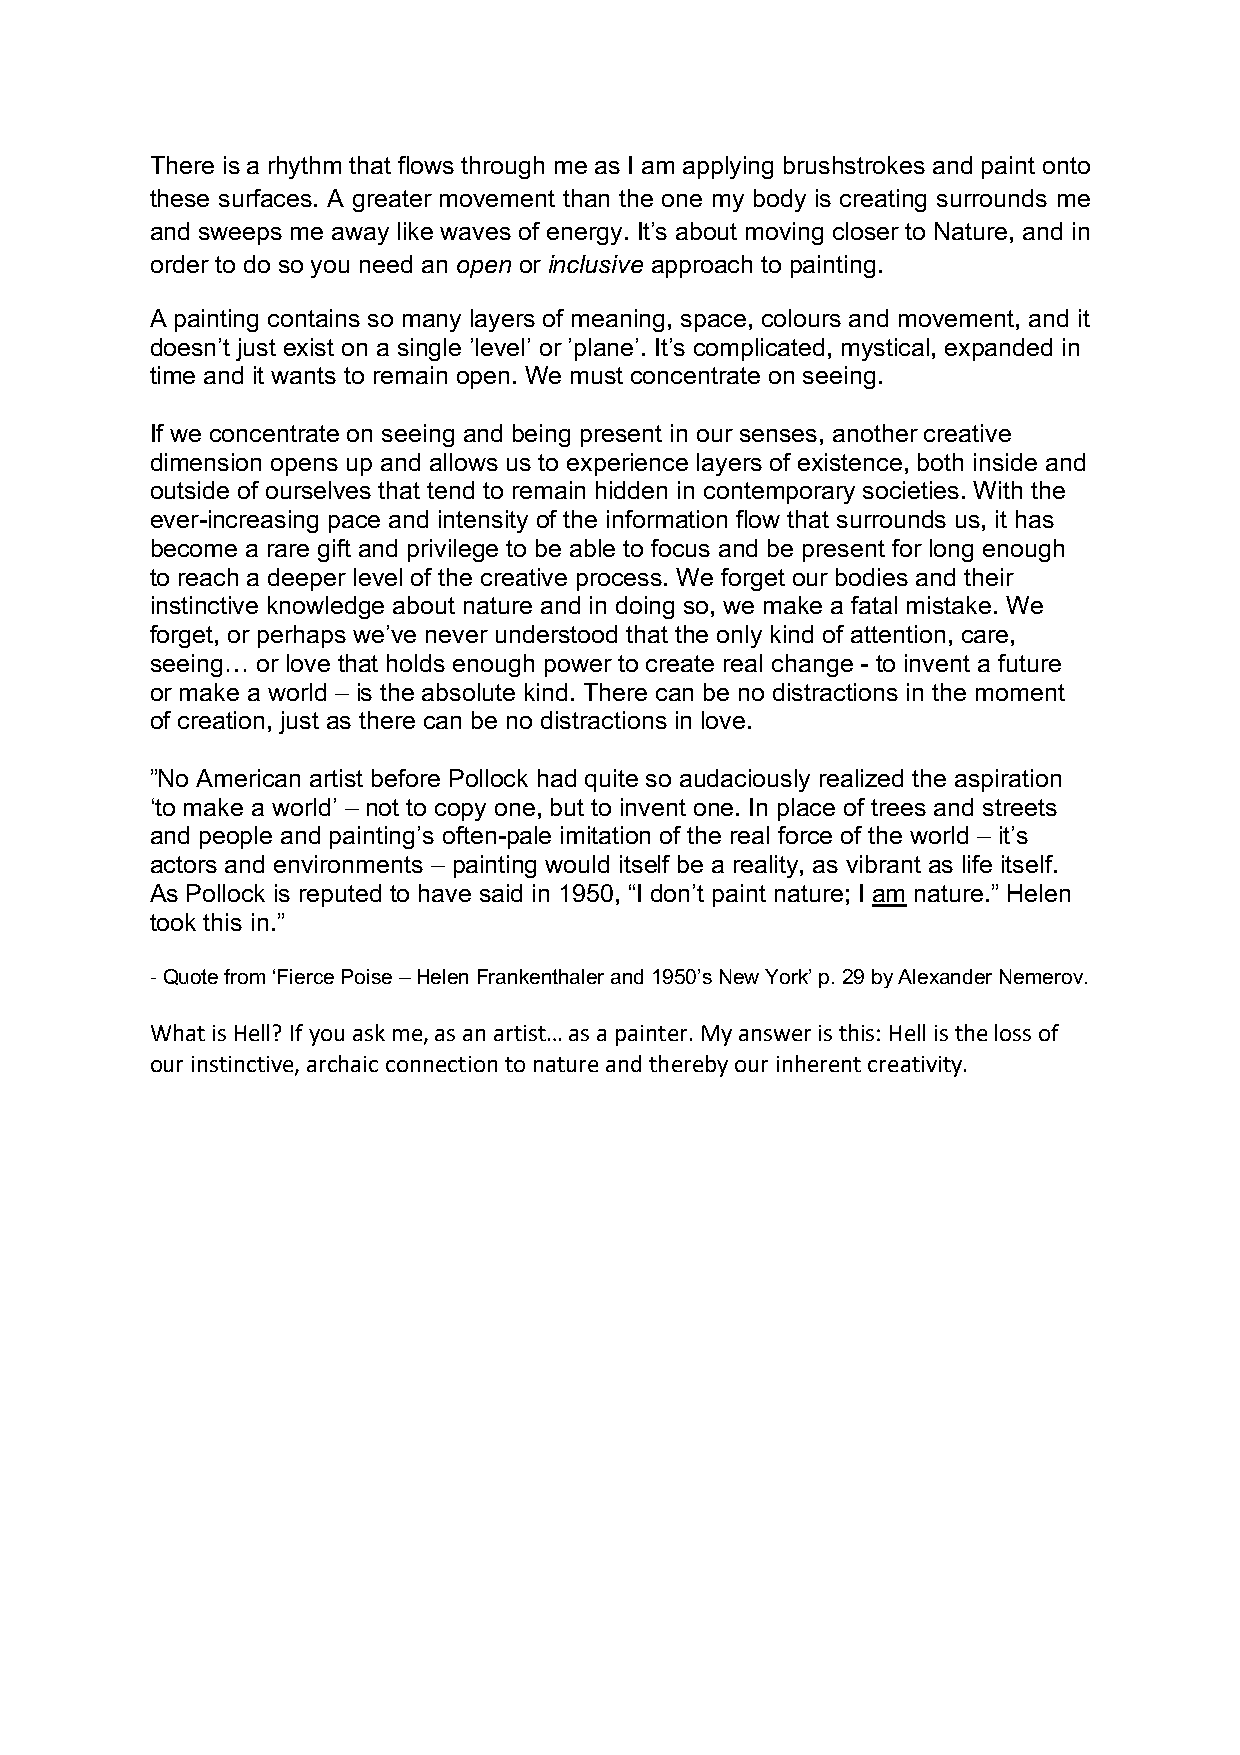
There is a rhythm that flows through me as I am applying brushstrokes and paint onto
 these surfaces. A greater movement than the one my body is creating surrounds me
 and sweeps me away like waves of energy. It’s about moving closer to Nature, and in
 order to do so you need an open or inclusive approach to painting.
 A painting contains so many layers of meaning, space, colours and movement, and it
 doesn’t just exist on a single ’level’ or ’plane’. It’s complicated, mystical, expanded in
 time and it wants to remain open. We must concentrate on seeing.
 If we concentrate on seeing and being present in our senses, another creative
 dimension opens up and allows us to experience layers of existence, both inside and
 outside of ourselves that tend to remain hidden in contemporary societies. With the
 ever-increasing pace and intensity of the information flow that surrounds us, it has
 become a rare gift and privilege to be able to focus and be present for long enough
 to reach a deeper level of the creative process. We forget our bodies and their
 instinctive knowledge about nature and in doing so, we make a fatal mistake. We
 forget, or perhaps we’ve never understood that the only kind of attention, care,
 seeing… or love that holds enough power to create real change - to invent a future
 or make a world – is the absolute kind. There can be no distractions in the moment
 of creation, just as there can be no distractions in love.
 ”No American artist before Pollock had quite so audaciously realized the aspiration
 ‘to make a world’ – not to copy one, but to invent one. In place of trees and streets
 and people and painting’s often-pale imitation of the real force of the world – it’s
 actors and environments – painting would itself be a reality, as vibrant as life itself.
 As Pollock is reputed to have said in 1950, “I don’t paint nature; I am nature.” Helen
 took this in.”
 - Quote from ‘Fierce Poise – Helen Frankenthaler and 1950’s New York’ p. 29 by Alexander Nemerov.
 What is Hell? If you ask me, as an artist… as a painter. My answer is this: Hell is the loss of
 our instinctive, archaic connection to nature and thereby our inherent creativity.